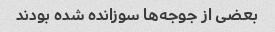
بعضی از جوجه‌ها سوزانده شده بودند